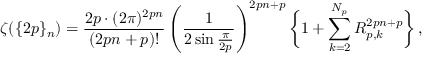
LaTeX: \zeta ( \{ 2 p \} _ { n } ) = \frac { 2 p \cdot ( 2 \pi ) ^ { 2 p n } } { ( 2 p n + p ) ! } \left( \frac { 1 } { 2 \sin \frac { \pi } { 2 p } } \right) ^ { 2 p n + p } \bigg \{ 1 + \sum _ { k = 2 } ^ { N _ { p } } R _ { p , k } ^ { 2 p n + p } \bigg \} \, ,